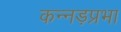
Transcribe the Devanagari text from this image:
कन्नड़प्रभा